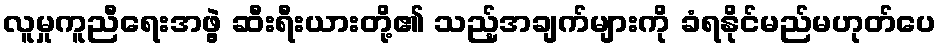
လူမှုကူညီရေးအဖွဲ့ ဆီးရီးယားတို့၏ သည့်အချက်များကို ခံရနိုင်မည်မဟုတ်ပေ